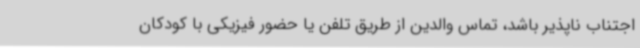
اجتناب ناپذیر باشد، تماس والدین از طریق تلفن یا حضور فیزیکی با کودکان